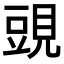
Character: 𧡀